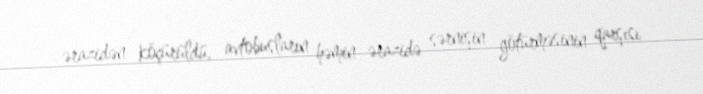
ərazidən köçürüldü, avtobusların həmin ərazidə sərnişin götürməsinin qarşısı